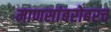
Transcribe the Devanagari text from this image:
माणसांबरोबरच